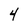
Character: 4